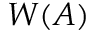
W ( A )